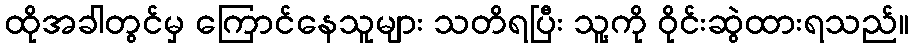
ထိုအခါတွင်မှ ကြောင်နေသူများ သတိရပြီး သူ့ကို ဝိုင်းဆွဲထားရသည်။